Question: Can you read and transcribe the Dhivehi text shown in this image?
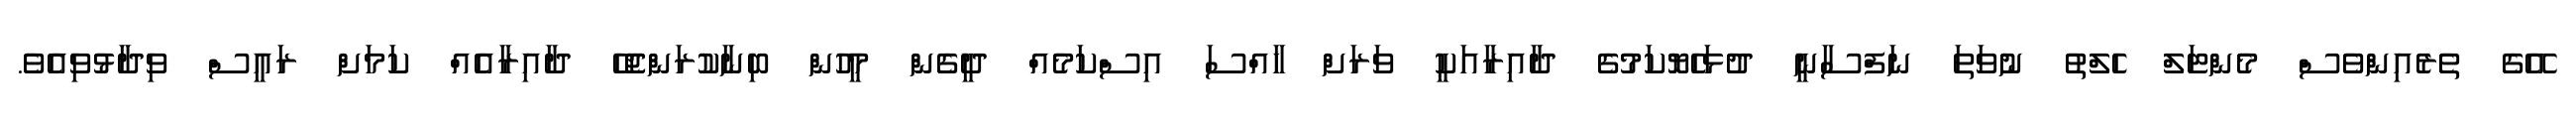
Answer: އޭގެ ތެރެއިންވެސް މެންޓަލް ހެލްތު ނުވަތަ ނަފްސާނީ ދުޅަހެޔޮކަމުގެ ދާއިރާއަކީ ވަރަށް ހާއްސަ އިސްކަމެއް ދީގެން މީހުން ބިނާކުރަންޖެހޭ ދާއިރާއެއް ކަމަށް ރައީސް ވިދާޅުވިއެވެ.